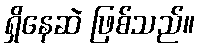
ရှိနေဆဲ ဖြစ်သည်။